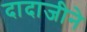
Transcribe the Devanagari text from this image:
दादाजीने